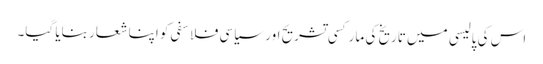
اس کی پالیسی میں تاریخ کی مارکسی تشریح اور سیاسی فلاسفی کو اپنا شعار بنایا گیا۔